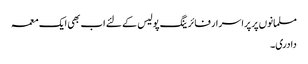
مسلمانوں پر پراسرار فائرینگ پولیس کے لئے اب بھی ایک معمہ
دادری۔